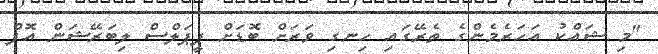
"މި ޝައްކު އަހަރެމެންގެ ތެރޭގައި ހިނގި ވަރަށް ބޮޑަށް ޕީޕަލްސް ލިބަރޭޝަން އޮފް